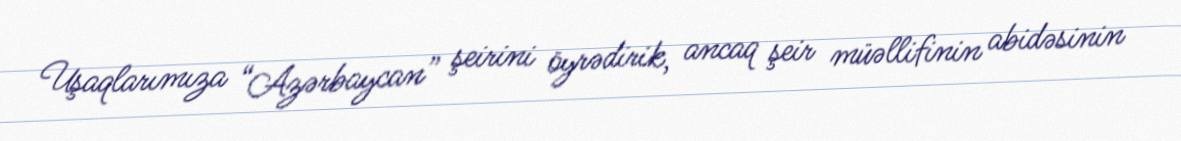
Uşaqlarımıza “Azərbaycan” şeirini öyrədirik, ancaq şeir müəllifinin abidəsinin